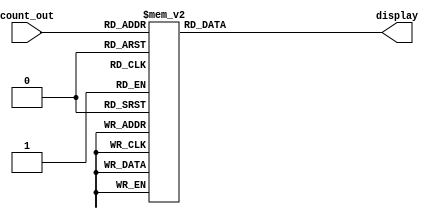
module display_hexa#(parameter width=4)
  (input [width-1:0] count_out, output [6:0] display);
  reg [6:0] conversie_hexa;
  always @* begin
    case(count_out)
      4'd0: conversie_hexa <= 7'b1000000;
      4'd1: conversie_hexa <= 7'b1111001;
      4'd2: conversie_hexa <= 7'b0100100;
      4'd3: conversie_hexa <= 7'b0110000;
      4'd4: conversie_hexa <= 7'b0011001;
      4'd5: conversie_hexa <= 7'b0010010;
      4'd6: conversie_hexa <= 7'b0000010;
      4'd7: conversie_hexa <= 7'b1111000;
      4'd8: conversie_hexa <= 7'b0000000;
      4'd9: conversie_hexa <= 7'b0011000;
      default: conversie_hexa <= 7'b1111111;
    endcase
  end
  assign display=conversie_hexa;
endmodule